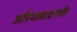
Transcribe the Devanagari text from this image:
औरंगाबादपर्यंत